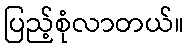
ပြည့်စုံလာတယ်။